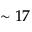
\sim 1 7